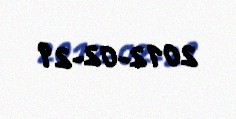
2012-02-29